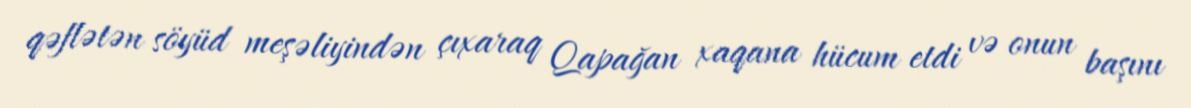
qəflətən söyüd meşəliyindən çıxaraq Qapağan xaqana hücum etdi və onun başını